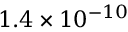
1 . 4 \times 1 0 ^ { - 1 0 }